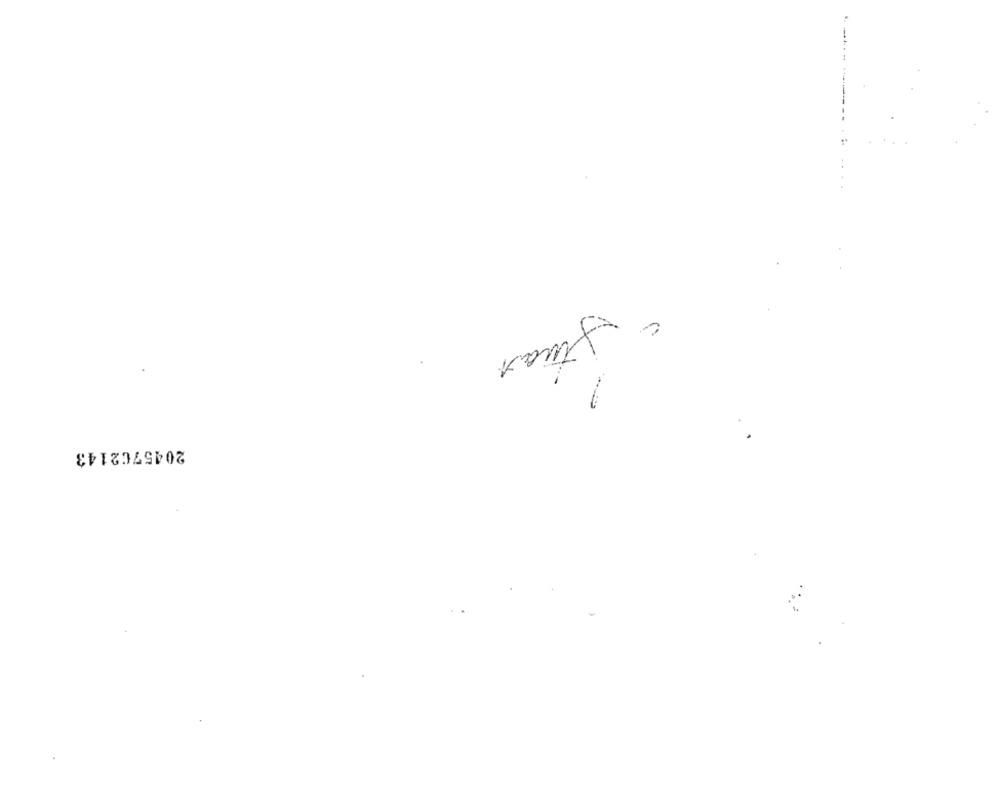
Stuas
2045702143